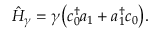
\begin{array} { r } { \hat { H } _ { \gamma } = \gamma \big ( c _ { 0 } ^ { \dagger } a _ { 1 } + a _ { 1 } ^ { \dagger } c _ { 0 } \big ) . } \end{array}